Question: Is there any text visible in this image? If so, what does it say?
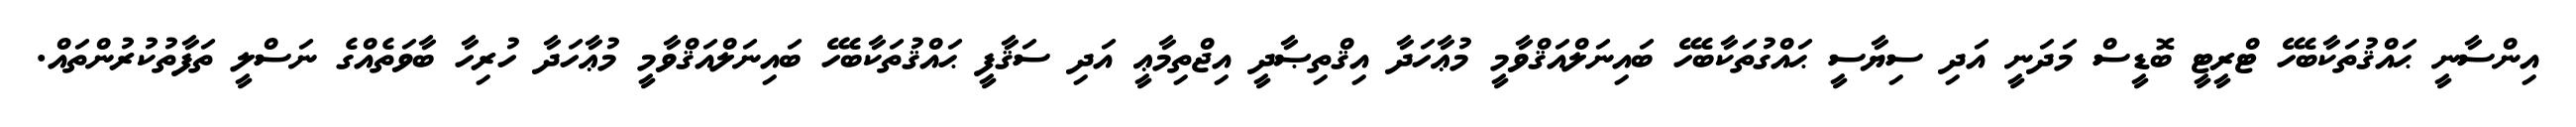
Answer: އިންސާނީ ޙައްޤުތަކާބެހޭ ޓްރީޓީ ބޮޑީސް މަދަނީ އަދި ސިޔާސީ ޙައްގުތަކާބެހޭ ބައިނަލްއަޤްވާމީ މުޢާހަދާ އިޤްތިޞާދީ އިޖްތިމާޢީ އަދި ސަޤާފީ ޙައްޤުތަކާބެހޭ ބައިނަލްއަޤްވާމީ މުޢާހަދާ ހުރިހާ ބާވަތެއްގެ ނަސްލީ ތަފާތުކުރުންތައް.